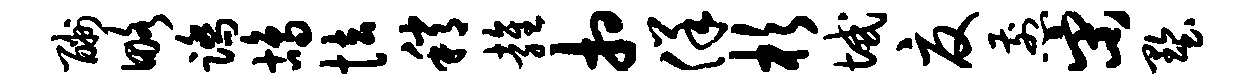
酬略踏鸪怯稍雍相佯杉域夏煎宋墅